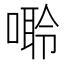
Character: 𠻠